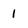
Character: I